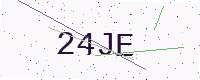
Text: 24JE